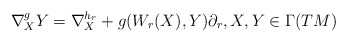
\begin{align*} \nabla^{g}_XY=\nabla^{h_r}_X+g(W_r(X),Y)\partial_r, X,Y\in \Gamma(TM) \end{align*}